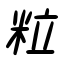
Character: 粒